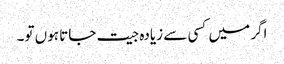
اگر میں کسی سے زیادہ جیت جاتا ہوں تو۔